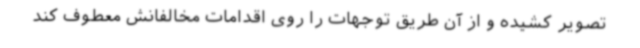
تصویر کشیده و از آن طریق توجهات را روی اقدامات مخالفانش معطوف کند